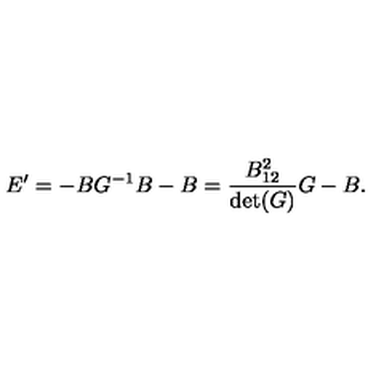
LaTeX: E ^ { \prime } = - B G ^ { - 1 } B - B = { \frac { B _ { 1 2 } ^ { 2 } } { \det ( G ) } } G - B .